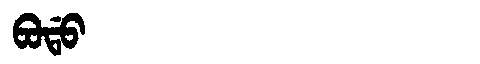
Manchu: ᠪᠣᡩᠣ
Romanization: BODO